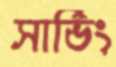
সার্ভিং